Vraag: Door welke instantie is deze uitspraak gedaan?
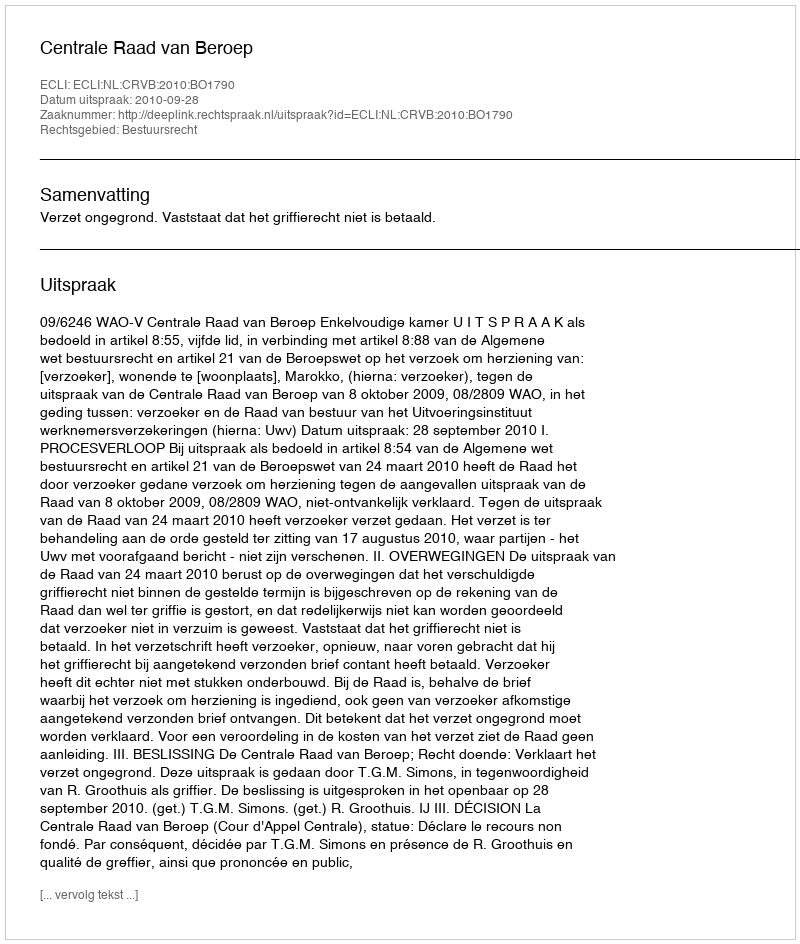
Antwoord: Centrale Raad van Beroep